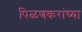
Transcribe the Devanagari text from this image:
पिळणकरांच्या